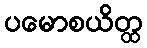
ပမောစယိတ္ထ